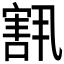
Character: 𫳶